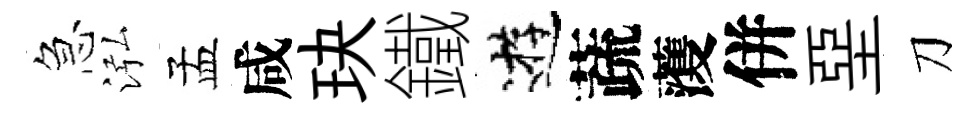
急泓孟咸玦鐵逰蔬𮑮併堊刀